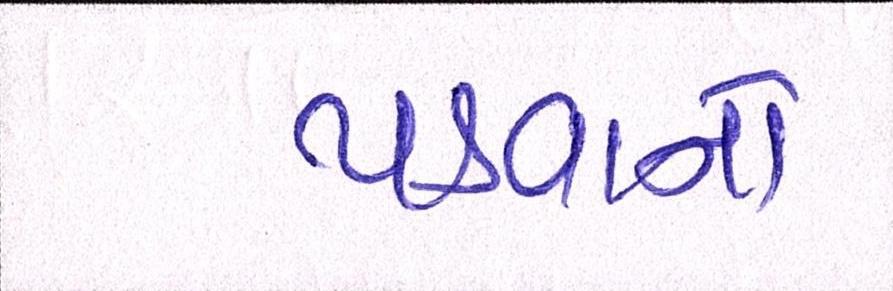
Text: પડવાનો